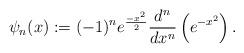
LaTeX: \begin{align*}\psi_{n}(x):=(-1)^n e^{\frac{-x^2}{2}}\frac{d^n}{dx^n}\left(e^{-x^2}\right).\end{align*}